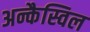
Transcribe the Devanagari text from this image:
अन्कैस्विल